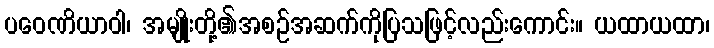
ပဝေဏိယာဝါ၊ အမျိုးတို့၏အစဉ်အဆက်ကိုပြသဖြင့်လည်းကောင်း။ ယထာယထာ၊